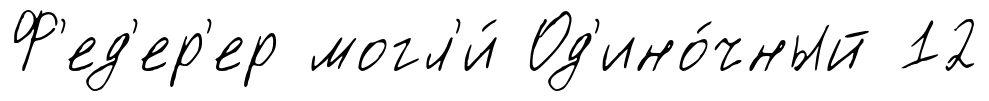
Ф'ед'ер'ер могл'и́ Од'ино́чный 12